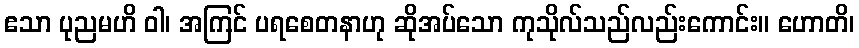
ဧသာ ပုညမဟိ ဝါ၊ အကြင် ပရစေတနာဟု ဆိုအပ်သော ကုသိုလ်သည်လည်းကောင်း။ ဟောတိ၊